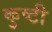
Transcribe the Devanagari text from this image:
कुष्टी